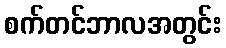
စက်တင်ဘာလအတွင်း